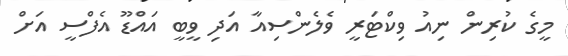
މީގެ ކުރިން ނިއު ވިކްޓަރީ ވެލެންސިއާ އަދި ވީބީ އައްޑޫ އެފްސީ އަށް